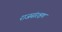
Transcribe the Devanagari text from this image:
राजसंरक्षण